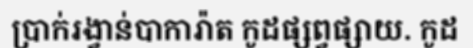
ប្រាក់រង្វាន់បាការ៉ាត កូដផ្សព្វផ្សាយ. កូដ